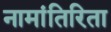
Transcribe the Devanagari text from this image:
नामांतिरिता